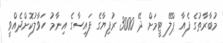
މުބާރާތުގެ ފެއާ ޕްލޭ ޓީމަށް ދޭ 3000 ރުފިޔާގެ ފައިސާގެ އިނާމު ހަވާލުކޮށްދެއްވީ